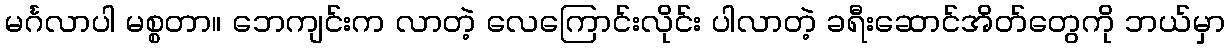
မင်္ဂလာပါ မစ္စတာ။ ဘေကျင်းက လာတဲ့ လေကြောင်းလိုင်း ပါလာတဲ့ ခရီးဆောင်အိတ်တွေကို ဘယ်မှာ